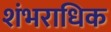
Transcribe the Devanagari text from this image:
शंभराधिक